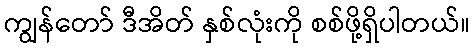
ကျွန်တော် ဒီအိတ် နှစ်လုံးကို စစ်ဖို့ရှိပါတယ်။